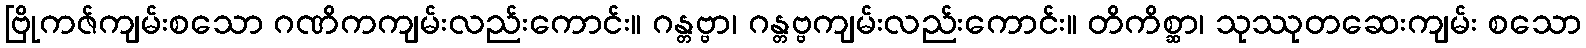
ဗြိုကဇ်ကျမ်းစသော ဂဏိကကျမ်းလည်းကောင်း။ ဂန္တဗ္ဗာ၊ ဂန္တဗ္ဗကျမ်းလည်းကောင်း။ တိကိစ္ဆာ၊ သုဿုတဆေးကျမ်း စသော